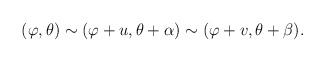
\begin{align*}(\varphi,\theta)\sim(\varphi+u,\theta+\alpha)\sim(\varphi+v,\theta+\beta).\end{align*}